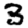
Digit: 3